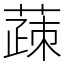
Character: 䔫